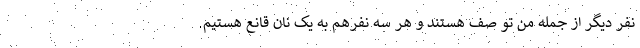
نفر دیگر از جمله من تو صف هستند و هر سه نفرهم به یک نان قانع هستیم.